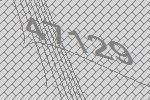
47129